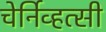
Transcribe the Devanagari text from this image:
चेर्निव्हत्सी